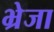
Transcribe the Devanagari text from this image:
भ्रेजा